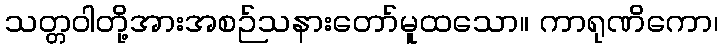
သတ္တဝါတို့အားအစဉ်သနားတော်မူထသော။ ကာရုဏိကော၊